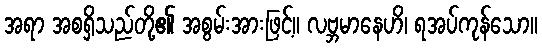
အရာ အစရှိသည်တို့၏ အစွမ်းအားဖြင့်။ လဗ္ဘမာနေဟိ၊ ရအပ်ကုန်သော။